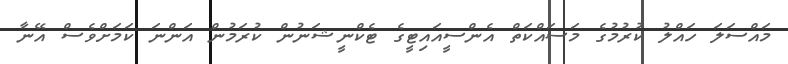
މައްސަލަ ހައްލު ކުރުމުގެ މަސައްކަތް އެންސީއައިޓީގެ ޓެކްނީޝަނުން ކުރަމުން އަންނަ ކަމަށްވެސް އޭނާ